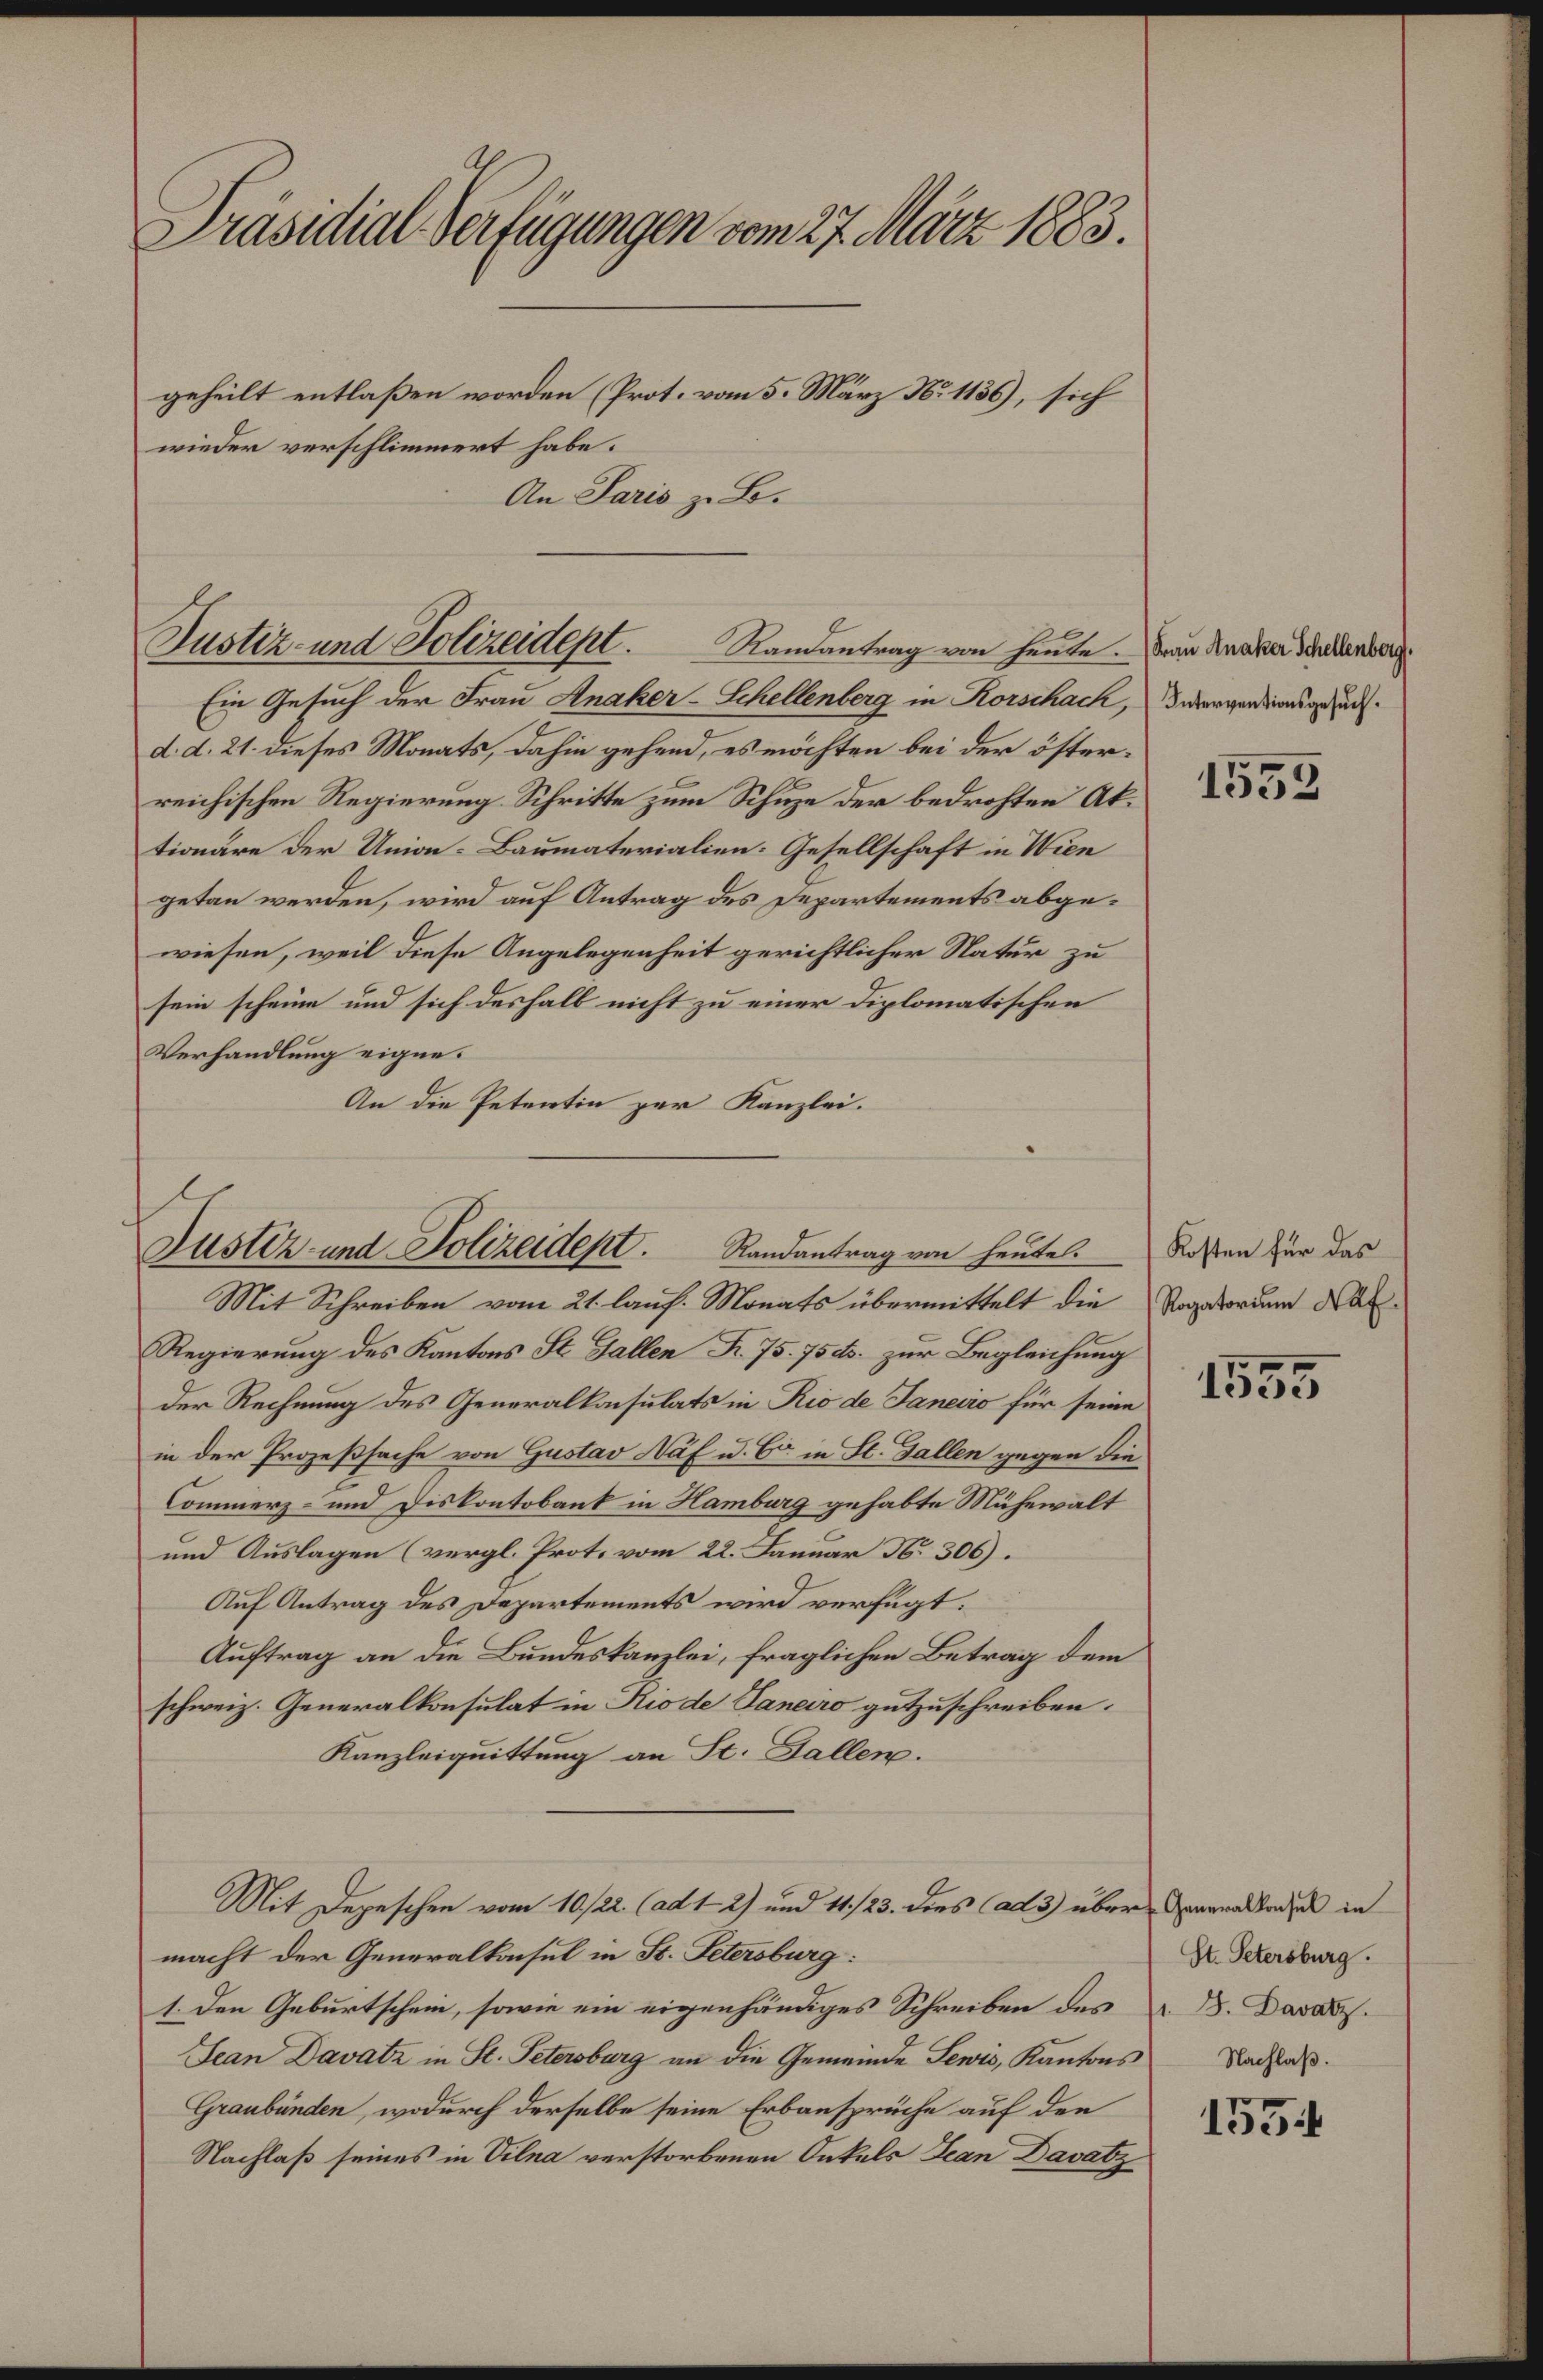
Ein Gesuch der Frau Anaker-Schellenberg in Rorschach, Biergerdiens gesuc
d. d. 21. dieses Monats, dahin gehend, es möchten bei der österreichischen Regierung. Schritte zum Schuze der bedrohten Aktionäre der Union-Baumaterialien: Gesellschaft in Wien
getan werden, wird auf Antrag des Departements abgewiesen, weil diese Angelegenheit gerichtlicher Natur zu
sein scheine und sich deshalb nicht zu einer Diplomatischen
Verhandlung eigne.
An die Petentin zur Kanzlei.

Präsidial-Verfügungen vom 27. März 1883.
geheilt entlaßen worden (Prot. vom 5. März No 1136), sich
wieder verschlimmert habe.
An Paris zu Bo¬

Justiz- und Polizeidept.

Randantrag von heute. Frau Anaker Schellenberg

Justiz- und Polizeident. Randantrag von heute. Rossen für das

Mit Schreiben vom 21. lauf. Monats übermittelt die
Regierung des Kantons St. Gallen Fr. 75. 75 ds. zur Begleichung
der Rechnung des Generalkonsulats in Rio de Janecio für seine
in der Prozeßsache von Gustav Naf u. Er in St. Gallen gegen die
Commerz- und Diskontobank in Hamburg gehabte Mühewalt
und Auslagen (vergl. Prot. vom 22. Januar N. 306).
Auf Antrag des Departements wird verfügt:
Auftrag an die Bundeskanzlei, fraglichen Betrag dem
schweiz. Generalkonsulat in Rio de Sanaro gutzuschreiben.
Kanzleiquittung an St. Gallen.
Mit Depeschen vom 10./22. (ad 1 2) und 11./23. dies (ad 3) über ernardi in
macht der Generalkonsul in St. Petersburg:
1. Den Geburtschein, sowie ein eigenhändiges Schreiben des
Jean Davatz in St. Petersburg an die Gemeinde Sewis, Kantons Nachsa
Graubünden, wodurch derselbe seine Erbansprüche auf den
Nachlaß seines in Vilna verstorbenen Onkels Jean Davatz

1553

Rogatorium Naf

1555

St. Petersburg.
". 8. Davatz.

1554